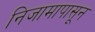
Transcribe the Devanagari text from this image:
निजामापासून